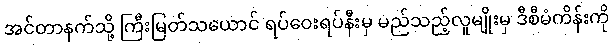
အင်တာနက်သို့ ကြီးမြတ်သယောင် ရပ်ဝေးရပ်နီးမှ မည်သည့်လူမျိုးမှ ဒီစီမံကိန်းကို